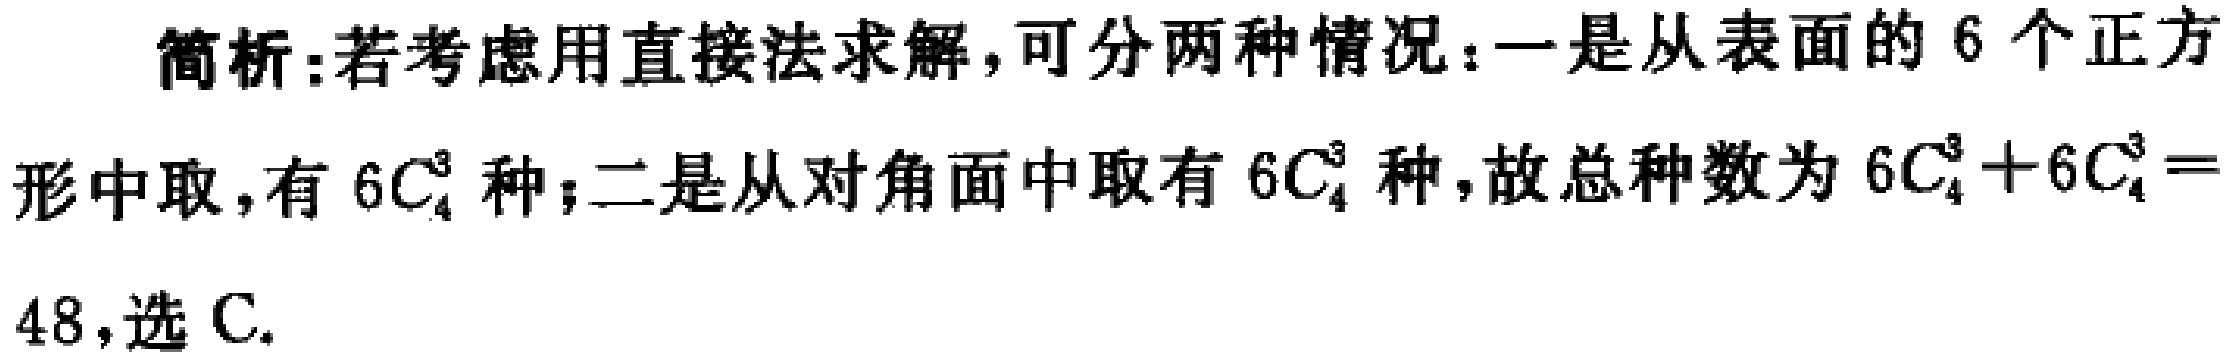
简析:若考虑用直接法求解,可分两种情况：一是从表面的6个正方形中取,有\(6C_{4}^{3}\)种；二是从对角面中取有\(6C_{4}^{3}\)种,故总种数为\(6C_{4}^{3}+6C_{4}^{3}=48\),选C.